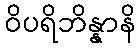
ဝိပရိဘိန္နာနိ